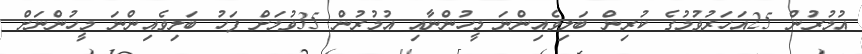
އުމުރުން 25އަހަރުވުމުގެ ކުރިން ބަލިވެއިންނަ މީހުންނާއި އުމުރުން 35ވުމަށް ފަހު ބަލިވެއިންނަ މީހުންނަށް